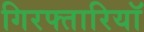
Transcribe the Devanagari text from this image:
गिरफ्तारियॉ